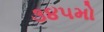
૩૪૫મો